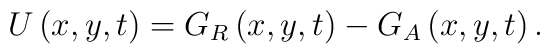
U\left( x,y,t\right) =G_R\left( x,y,t\right) -G_A\left( x,y,t\right) .